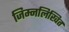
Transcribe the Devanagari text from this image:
जिम्नलिखित